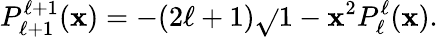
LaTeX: P_{\ell+1}^{\ell+1}(\mathbf{x})=-(2\ell+1)\sqrt{}{{1-\mathbf{x}^{2}}}P_{\ell}^{\ell}(\mathbf{x}).